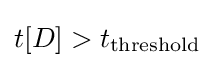
t[D]>t_{\text{threshold}}